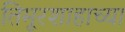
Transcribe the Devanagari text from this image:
तिमूरशाहाच्या